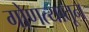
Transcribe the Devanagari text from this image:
गोणत्यातून